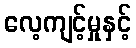
လေ့ကျင့်မှုနှင့်